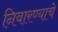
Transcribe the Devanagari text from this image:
निवारण्याचे